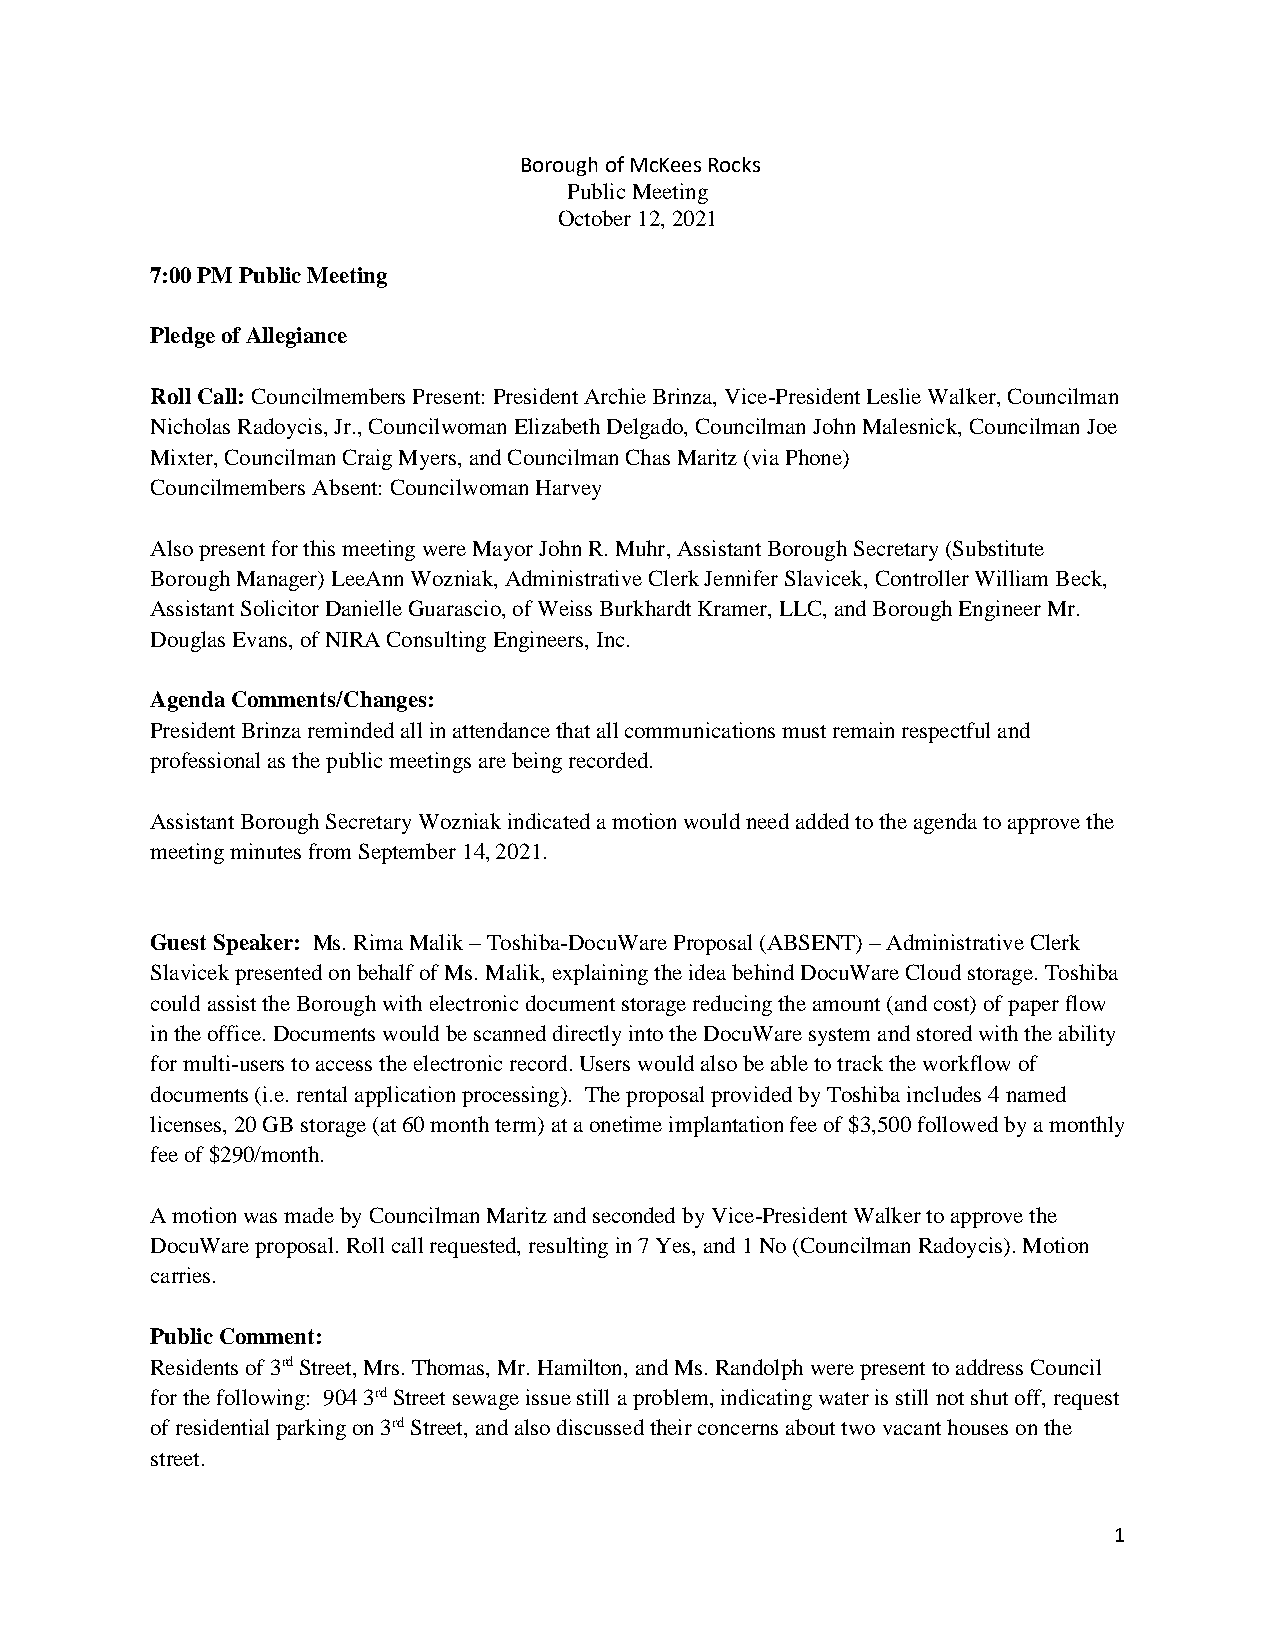
Borough of McKees Rocks
 Public Meeting
 October 12, 2021
 7:00 PM Public Meeting
 Pledge of Allegiance
 Roll Call: Councilmembers Present: President Archie Brinza, Vice-President Leslie Walker, Councilman
 Nicholas Radoycis, Jr., Councilwoman Elizabeth Delgado, Councilman John Malesnick, Councilman Joe
 Mixter, Councilman Craig Myers, and Councilman Chas Maritz (via Phone)
 Councilmembers Absent: Councilwoman Harvey
 Also present for this meeting were Mayor John R. Muhr, Assistant Borough Secretary (Substitute
 Borough Manager) LeeAnn Wozniak, Administrative Clerk Jennifer Slavicek, Controller William Beck,
 Assistant Solicitor Danielle Guarascio, of Weiss Burkhardt Kramer, LLC, and Borough Engineer Mr.
 Douglas Evans, of NIRA Consulting Engineers, Inc.
 Agenda Comments/Changes:
 President Brinza reminded all in attendance that all communications must remain respectful and
 professional as the public meetings are being recorded.
 Assistant Borough Secretary Wozniak indicated a motion would need added to the agenda to approve the
 meeting minutes from September 14, 2021.
 Guest Speaker: Ms. Rima Malik – Toshiba-DocuWare Proposal (ABSENT) – Administrative Clerk
 Slavicek presented on behalf of Ms. Malik, explaining the idea behind DocuWare Cloud storage. Toshiba
 could assist the Borough with electronic document storage reducing the amount (and cost) of paper flow
 in the office. Documents would be scanned directly into the DocuWare system and stored with the ability
 for multi-users to access the electronic record. Users would also be able to track the workflow of
 documents (i.e. rental application processing). The proposal provided by Toshiba includes 4 named
 licenses, 20 GB storage (at 60 month term) at a onetime implantation fee of $3,500 followed by a monthly
 fee of $290/month.
 A motion was made by Councilman Maritz and seconded by Vice-President Walker to approve the
 DocuWare proposal. Roll call requested, resulting in 7 Yes, and 1 No (Councilman Radoycis). Motion
 carries.
 Public Comment:
 Residents of 3rd Street, Mrs. Thomas, Mr. Hamilton, and Ms. Randolph were present to address Council
 for the following: 904 3rd Street sewage issue still a problem, indicating water is still not shut off, request
 of residential parking on 3rd Street, and also discussed their concerns about two vacant houses on the
 street.
 1